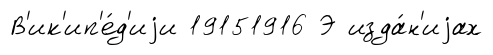
В'ик'ип'е́д'иjи 19151916 Э изда́н'иjах